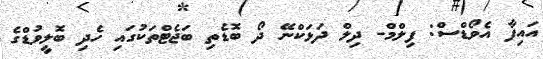
އައިފާ އެވޯޑްސް: ފިލްމް- ދިލް ދަޅަކްނޭ ދޯ ބޮޑެތި ބަޖެޓްތަކުގައި ހެދި ބޮލީވުޑްގެ